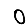
Digit: 0